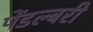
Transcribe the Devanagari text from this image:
पेंडल्बरी